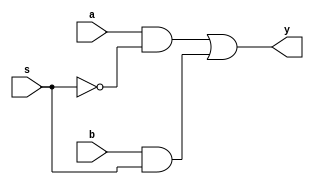
/*
 * Generated by Digital. Don't modify this file!
 * Any changes will be lost if this file is regenerated.
 */

module two_bit_mux (
  input a,
  input b,
  input s,
  output y
);
  assign y = ((a & ~ s) | (b & s));
endmodule

module four_bit_mux (
  input [3:0] a,
  input [3:0] b,
  input sel,
  output [3:0] y
);
  wire s0;
  wire s1;
  wire s2;
  wire s3;
  wire s4;
  wire s5;
  wire s6;
  wire s7;
  wire s8;
  wire s9;
  wire s10;
  wire s11;
  assign s0 = a[3];
  assign s3 = a[2];
  assign s6 = a[1];
  assign s9 = a[0];
  assign s1 = b[3];
  assign s4 = b[2];
  assign s7 = b[1];
  assign s10 = b[0];
  two_bit_mux two_bit_mux_i0 (
    .a( s0 ),
    .b( s1 ),
    .s( sel ),
    .y( s2 )
  );
  two_bit_mux two_bit_mux_i1 (
    .a( s3 ),
    .b( s4 ),
    .s( sel ),
    .y( s5 )
  );
  two_bit_mux two_bit_mux_i2 (
    .a( s6 ),
    .b( s7 ),
    .s( sel ),
    .y( s8 )
  );
  two_bit_mux two_bit_mux_i3 (
    .a( s9 ),
    .b( s10 ),
    .s( sel ),
    .y( s11 )
  );
  assign y[3] = s2;
  assign y[2] = s5;
  assign y[1] = s8;
  assign y[0] = s11;
endmodule